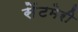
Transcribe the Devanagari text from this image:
सेंटमेरी